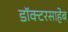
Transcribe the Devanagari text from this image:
डॉक्टरसाहेब